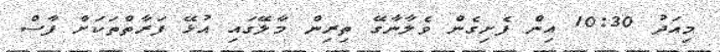
މިއަދު 10:30 އިން ފެށިގެން ވެލާނާގޭ ތިރިން މާލޭގައި އުޅޭ ފަރާތްތަކަށް ފާސް